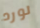
لورد